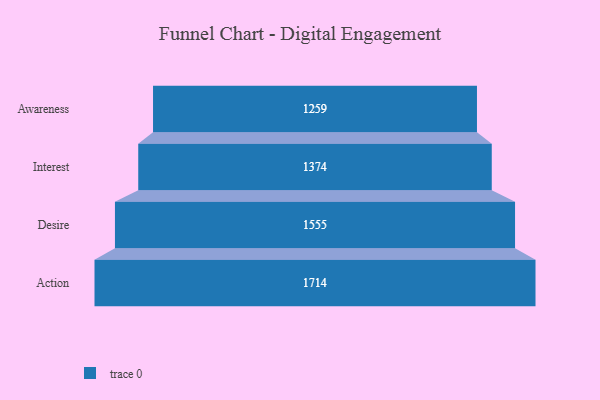
{"axis": {"x": "Stage", "y": "Value"}, "legend": [""], "data": [{"x": "Awareness", "y": 1259.0, "type": ""}, {"x": "Interest", "y": 1374.0, "type": ""}, {"x": "Desire", "y": 1555.0, "type": ""}, {"x": "Action", "y": 1714.0, "type": ""}]}